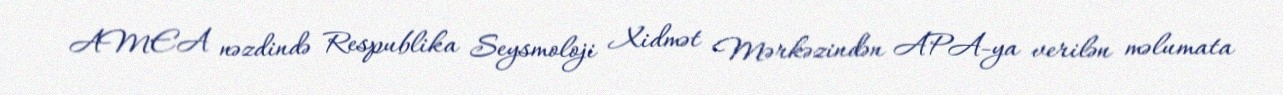
AMEA nəzdində Respublika Seysmoloji Xidmət Mərkəzindən APA-ya verilən məlumata